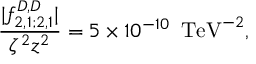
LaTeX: \frac { | f _ { 2 , 1 ; 2 , 1 } ^ { D , D } | } { \zeta ^ { 2 } z ^ { 2 } } = 5 \times 1 0 ^ { - 1 0 } \, \, \, \mathrm { T e V } ^ { - 2 } ,